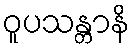
ဝူပသန္တာနိ